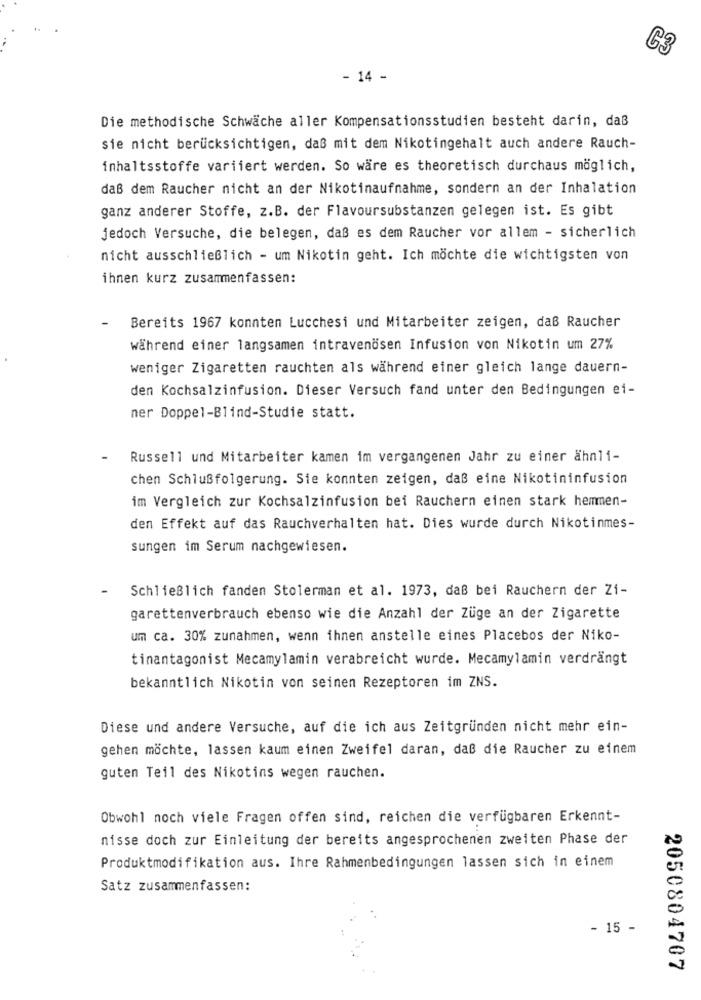
C3
- 14 -
Die methodische Schwäche aller Kompensationsstudien besteht darin, daß
sie nicht berücksichtigen, daß mit dem Nikotingehalt auch andere Rauch-
inhaltsstoffe variiert werden. So wäre es theoretisch durchaus möglich,
daß dem Raucher nicht an der Nikotinaufnahme, sondern an der Inhalation
ganz anderer Stoffe, z.B. der Flavoursubstanzen gelegen ist. Es gibt
jedoch Versuche, die belegen, daß es dem Raucher vor allem - sicherlich
nicht ausschließlich - um Nikotin geht. Ich möchte die wichtigsten von
ihnen kurz zusammenfassen:
Bereits 1967 konnten Lucchesi und Mitarbeiter zeigen, daß Raucher
während einer langsamen intravenösen Infusion von Nikotin um 27%
weniger Zigaretten rauchten als während einer gleich lange dauern-
den Kochsalzinfusion. Dieser Versuch fand unter den Bedingungen ei-
ner Doppel-Blind-Studie statt.
Russell und Mitarbeiter kamen im vergangenen Jahr zu einer ähnli-
chen Schlußfolgerung. Sie konnten zeigen, daß eine Nikotininfusion
im Vergleich zur Kochsalzinfusion bei Rauchern einen stark hemmen-
den Effekt auf das Rauchverhalten hat. Dies wurde durch Nikotinmes-
sungen im Serum nachgewiesen.
Schließlich fanden Stolerman et al. 1973, daß bei Rauchern der Zi-
garettenverbrauch ebenso wie die Anzahl der Züge an der Zigarette
um ca. 30% zunahmen, wenn ihnen anstelle eines Placebos der Niko-
tinantagonist Mecamylamin verabreicht wurde. Mecamylamin verdrängt
bekanntlich Nikotin von seinen Rezeptoren im ZNS.
Diese und andere Versuche, auf die ich aus Zeitgründen nicht mehr ein-
gehen möchte, lassen kaum einen Zweifel daran, daß die Raucher zu einem
guten Teil des Nikotins wegen rauchen.
Obwohl noch viele Fragen offen sind, reichen die verfügbaren Erkennt-
nisse doch zur Einleitung der bereits angesprochenen zweiten Phase der
Produktmodifikation aus. Ihre Rahmenbedingungen lassen sich in einem
Satz zusammenfassen:
- 15 -
2050804707